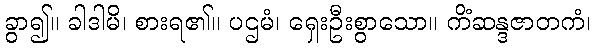
ခွာ၍။ ခါဒါမိ၊ စားရ၏။ ပဌမံ၊ ရှေးဦးစွာသော။ ကိံဆန္ဒဇာတကံ၊